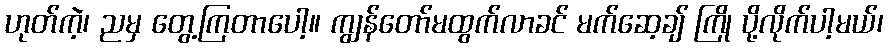
ဟုတ်ကဲ့၊ ညမှ တွေ့ကြတာပေါ့။ ကျွန်တော်မထွက်လာခင် မက်ဆေ့ချ် ကြို ပို့လိုက်ပါ့မယ်၊